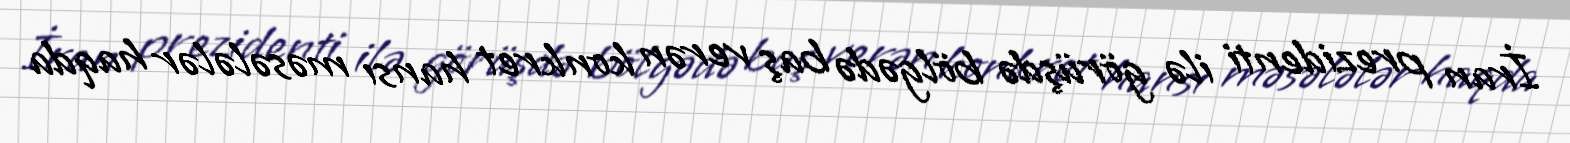
İran prezidenti ilə görüşdə bölgədə baş verən konkret hansı məsələlər haqda